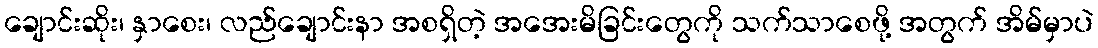
ချောင်းဆိုး၊ နှာစေး၊ လည်ချောင်းနာ အစရှိတဲ့ အအေးမိခြင်းတွေကို သက်သာစေဖို့ အတွက် အိမ်မှာပဲ